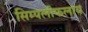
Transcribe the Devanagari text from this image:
सिम्पलीफलाय